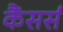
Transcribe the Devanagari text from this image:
कैंसर्स